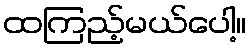
ထကြည့်မယ်ပေါ့။